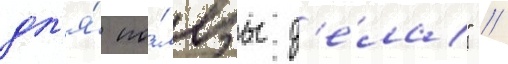
дл'я́ по́льзы д'е́ла" //